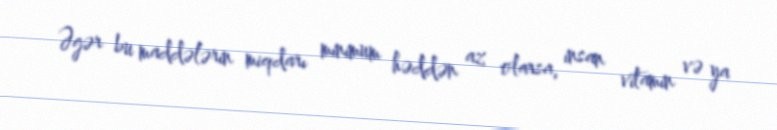
Əgər bu maddələrin miqdarı minimum həddən az olarsa, insan vitamin və ya